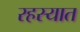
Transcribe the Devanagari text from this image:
रहस्यात